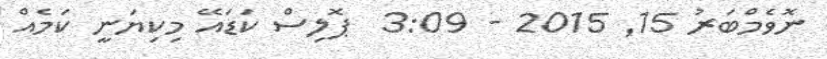
ނޮވެމްބަރު 15